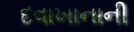
દવાખાનાની